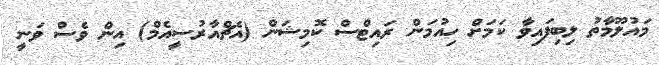
މައުލޫމާތު ލިބިފައިވާ ކަމަށް ހިއުމަން ރައިޓްސް ކޮމިޝަން (އެޗްއާރުސީއެމް) އިން ވެސް ވަނީ